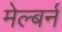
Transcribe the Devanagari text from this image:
मेल्बर्न